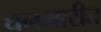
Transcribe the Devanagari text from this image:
घनभारीत